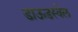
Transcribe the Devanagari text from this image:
डाऊडस्वेल